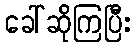
ခေါ်ဆိုကြပြီး